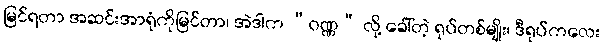
မြင်ရတာ အဆင်းအာရုံကိုမြင်တာ၊ အဲဒါက “ဝဏ္ဏ” လို့ ခေါ်တဲ့ ရုပ်တစ်မျိုး၊ ဒီရုပ်ကလေး